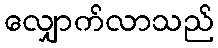
လျှောက်လာသည်